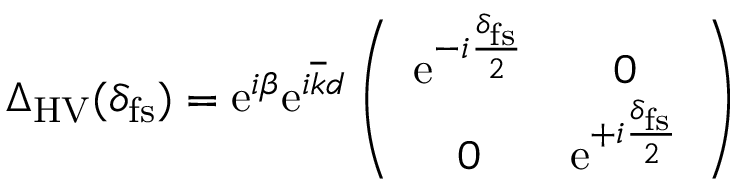
\begin{array} { r } { \Delta _ { \mathrm { H V } } ( \delta _ { \mathrm { f s } } ) = \mathrm { e } ^ { i \beta } \mathrm { e } ^ { i \overline { { k } } d } \left( \begin{array} { c c } { \mathrm { e } ^ { - i \frac { \delta _ { \mathrm { f s } } } { 2 } } } & { 0 } \\ { 0 } & { \mathrm { e } ^ { + i \frac { \delta _ { \mathrm { f s } } } { 2 } } } \end{array} \right) } \end{array}